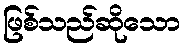
ဖြစ်သည်ဆိုသော